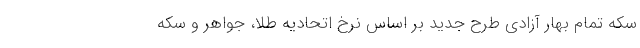
سکه تمام بهار آزادی طرح جدید بر اساس نرخ اتحادیه طلا، جواهر و سکه